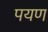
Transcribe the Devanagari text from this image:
पयण